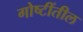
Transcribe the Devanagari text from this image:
गोष्टींतील